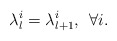
\begin{align*}\lambda_l^i = \lambda_{l+1}^i, \: \: \forall i.\end{align*}